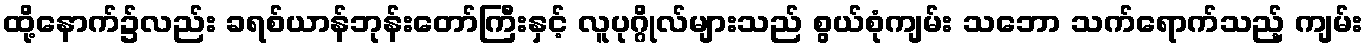
ထို့နောက်၌လည်း ခရစ်ယာန်ဘုန်းတော်ကြီးနှင့် လူပုဂ္ဂိုလ်များသည် စွယ်စုံကျမ်း သဘော သက်ရောက်သည့် ကျမ်း